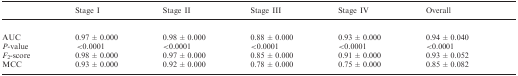
<table><thead><tr><td></td><td><b>Stage I</b></td><td><b>Stage II</b></td><td><b>Stage III</b></td><td><b>Stage IV</b></td><td><b>Overall</b></td></tr></thead><tbody><tr><td>AUC</td><td>0.97 ± 0.000</td><td>0.98 ± 0.000</td><td>0.88 ± 0.000</td><td>0.93 ± 0.000</td><td>0.94 ± 0.040</td></tr><tr><td><i>P</i>-value</td><td> &lt;0.0001</td><td>&lt;0.0001</td><td>&lt;0.0001</td><td>&lt;0.0001</td><td>&lt;0.0001</td></tr><tr><td><i>F</i><sub>2</sub>-score</td><td>0.98 ± 0.000</td><td>0.97 ± 0.000</td><td>0.85 ± 0.000</td><td>0.91 ± 0.000</td><td>0.93 ± 0.052</td></tr><tr><td>MCC</td><td>0.93 ± 0.000</td><td>0.92 ± 0.000</td><td>0.78 ± 0.000</td><td>0.75 ± 0.000</td><td>0.85 ± 0.082</td></tr></tbody></table>